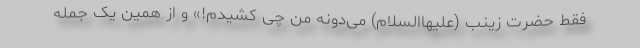
فقط حضرت زینب (علیهاالسلام) می‌دونه من چی کشیدم!» و از همین یک جمله